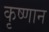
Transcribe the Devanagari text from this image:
कृष्णान